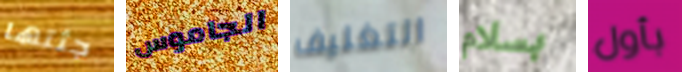
جثتها الجاموس التغليف بسلام بأول